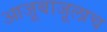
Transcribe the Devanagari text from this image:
आजूबाजूलाच